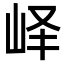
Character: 峄